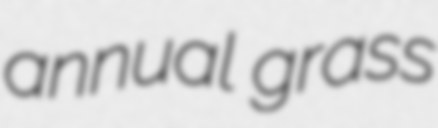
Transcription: annual grass